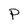
Character: P